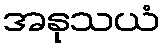
အနုသယံ